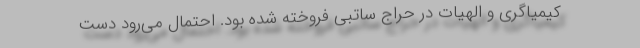
کیمیاگری و الهیات در حراج ساتبی فروخته شده بود. احتمال می‌رود دست